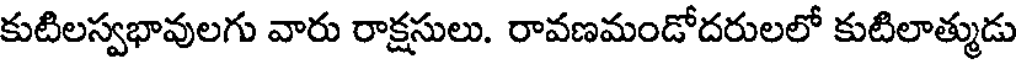
కుటిలస్వభావులగు వారు రాక్షసులు. రావణమండోదరులలో కుటిలాత్ముడు